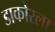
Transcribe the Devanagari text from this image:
डाकोरला